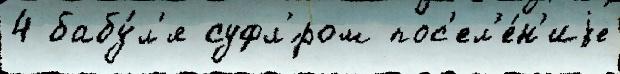
4 бабу́л'я суфл'́ром пос'ел'е́н'иjе